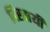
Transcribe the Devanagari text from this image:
दिखायीं